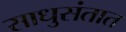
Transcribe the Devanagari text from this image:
साधुसंतात